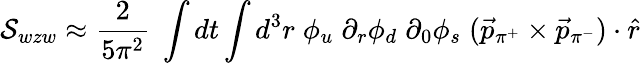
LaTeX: {\cal S}_{wzw}\approx{\frac{2}{5\pi^{2}}}\; \int dt\int d^{3}r\; \phi_{u}\; \partial_{r}\phi_{d}\; \partial_{0}\phi_{s}\; (\vec{p}_{\pi^{+}}\times\vec{p}_{\pi^{-}})\cdot\hat{r}